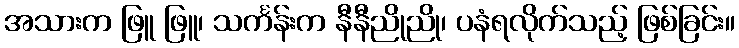
အသားက ဖြူ ဖြူ၊ သင်္ကန်းက နီနီညိုညို၊ ပနံရလိုက်သည့် ဖြစ်ခြင်း။